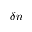
\delta n